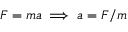
F = m a \implies a = F / m